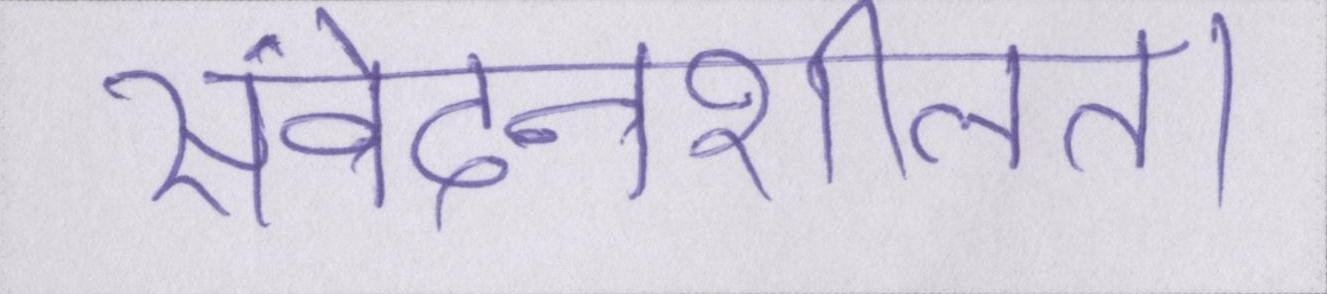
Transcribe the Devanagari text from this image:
संवेदनशीलता